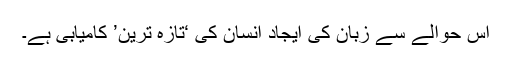
اس حوالے سے زبان کی ایجاد انسان کی ‘تازہ ترین’ کامیابی ہے۔